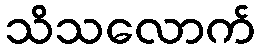
သိသလောက်